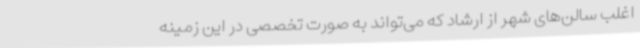
اغلب سالن‌های شهر از ارشاد که می‌تواند به صورت تخصصی در این زمینه